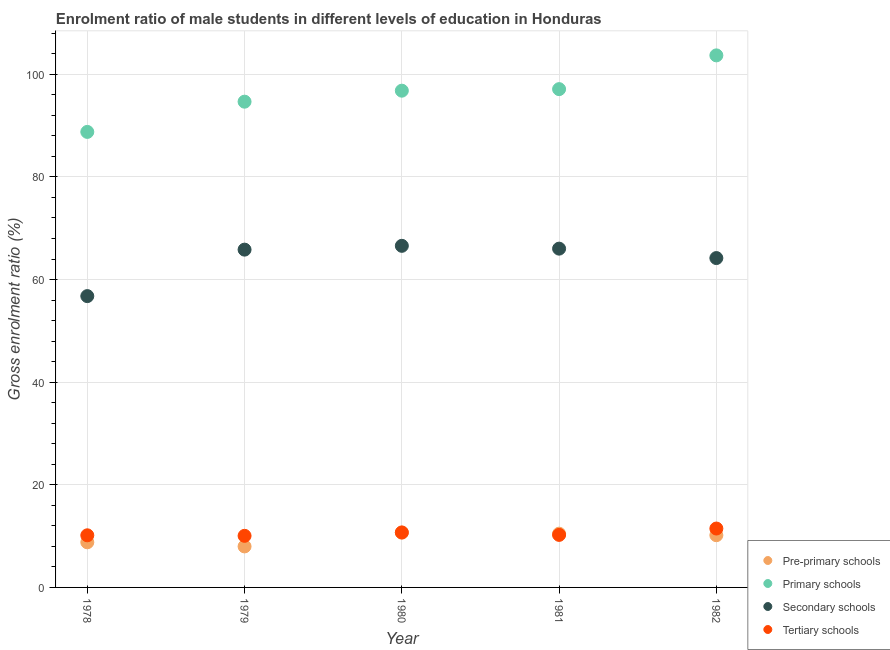
| Year | Pre-primary schools | Primary schools | Secondary schools | Tertiary schools |
 | --- | --- | --- | --- | --- |
 | 1978 | 8.8 | 88.8 | 56.8 | 10.2 |
 | 1979 | 7.99 | 94.7 | 65.8 | 10.1 |
 | 1980 | 10.7 | 96.8 | 66.6 | 10.7 |
 | 1981 | 10.5 | 97.1 | 66 | 10.2 |
 | 1982 | 10.2 | 104 | 64.2 | 11.5 |